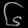
Digit: ၆